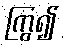
ကြွ၍